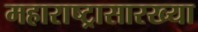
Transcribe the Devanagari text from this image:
महाराष्ट्रासारख्‍या